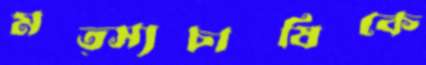
মত্স্যচাষিকে